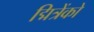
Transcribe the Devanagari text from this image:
द्मित्रेंको